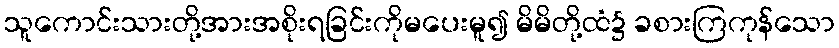
သူကောင်းသားတို့အားအစိုးရခြင်းကိုမပေးမူ၍ မိမိတို့ထံ၌ ခစားကြကုန်သော